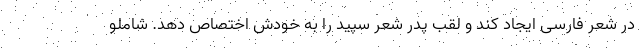
در شعر فارسی ایجاد کند و لقب پدر شعر سپید را به خودش اختصاص دهد. شاملو